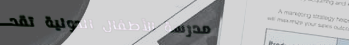
مدرسة الأطفال الدولية تقد